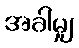
အခါမျှ